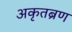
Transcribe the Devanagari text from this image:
अकृतब्रण